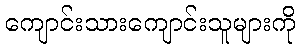
ကျောင်းသားကျောင်းသူများကို